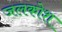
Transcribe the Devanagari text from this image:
जलकोश